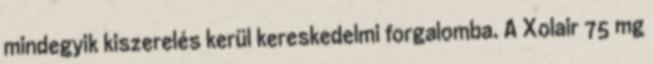
mindegyik kiszerelés kerül kereskedelmi forgalomba. A Xolair 75 mg